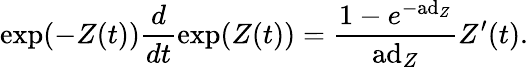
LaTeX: \exp(-Z(t)){\frac{d}{dt}}\mathrm{exp}(Z(t))={\frac{1-e^{-\mathrm{ad}_{Z}}}{\mathrm{ad}_{Z}}}Z^{\prime}(t).